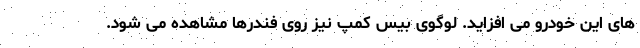
های این خودرو می افزاید. لوگوی بیس کمپ نیز روی فندرها مشاهده می شود.